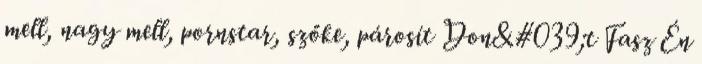
mell, nagy mell, pornstar, szőke, párosít Don&#039;t Fasz Én